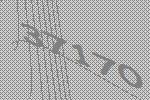
37170